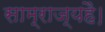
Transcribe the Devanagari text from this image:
साम्राज्यहै।